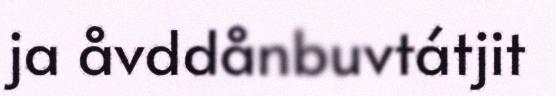
ja åvddånbuvtátjit